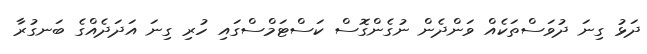
ދަޅު ގިނަ ދުވަސްތަކެއް ވަންދެން ނުގެންގޮސް ކަސްޓަމްސްގައި ހުރި ގިނަ އަދަދެއްގެ ބަނގުރާ